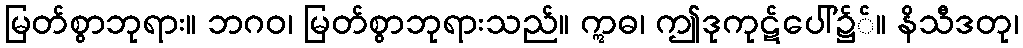
မြတ်စွာဘုရား။ ဘဂဝ၊ မြတ်စွာဘုရားသည်။ ဣဓ၊ ဤဒုကုဋ်ပေါ်၌်။ နိသီဒတု၊